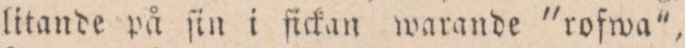
litande på ſin i fickan warande ”rofwa”,